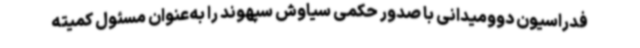
فدراسیون دوومیدانی با صدور حکمی سیاوش سپهوند را به‌عنوان مسئول کمیته